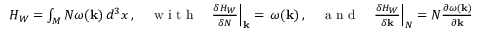
\begin{array} { r } { H _ { W } = \int _ { M } N \omega ( { \mathbf { k } } ) \, d ^ { 3 } x \, , \quad \mathrm { ~ w ~ i ~ t ~ h ~ } \quad \frac { \delta H _ { W } } { \delta N } \Big | _ { { \mathbf { k } } } = \, \omega ( { \mathbf { k } } ) \, , \quad \mathrm { ~ a ~ n ~ d ~ } \quad \frac { \delta H _ { W } } { \delta { \mathbf { k } } } \Big | _ { N } = N \frac { \partial \omega ( { \mathbf { k } } ) } { \partial { \mathbf { k } } } = : \, N { \mathbf { v } } _ { G } ( { \mathbf { k } } ) \, , } \end{array}